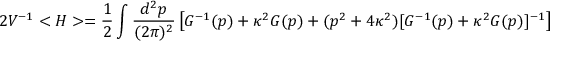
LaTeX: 2 V ^ { - 1 } < H > = \frac { 1 } { 2 } \int \frac { d ^ { 2 } p } { ( 2 \pi ) ^ { 2 } } \left[ G ^ { - 1 } ( p ) + \kappa ^ { 2 } G ( p ) + ( p ^ { 2 } + 4 \kappa ^ { 2 } ) [ G ^ { - 1 } ( p ) + \kappa ^ { 2 } G ( p ) ] ^ { - 1 } \right]